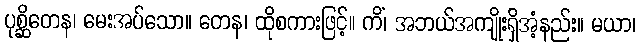
ပုစ္ဆိတေန၊ မေးအပ်သော။ တေန၊ ထိုစကားဖြင့်။ ကိံ၊ အဘယ်အကျိုးရှိအံ့နည်း။ မယာ၊